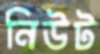
নিউট